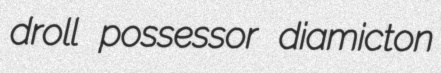
droll possessor diamicton